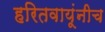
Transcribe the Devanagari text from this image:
हरितवायूंनीच